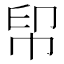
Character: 𢂗